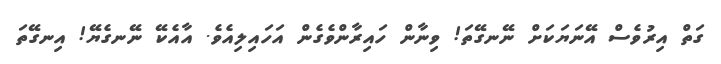
ގަތް އިރުވެސް އޭނަޔަކަށް ނޭނގޭތަ! ވިނާން ހައިރާންވެގެން އަހައިލިއެވެ. އާއެކޭ ނޭނގެޔޭ! އިނގޭތަ